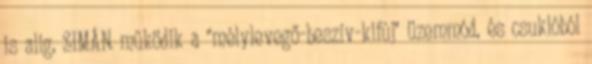
is alig, SIMÁN működik a "mélylevegő-beszív-kifúj" üzemmód, és csuklóból